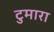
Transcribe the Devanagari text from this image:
टुमारा